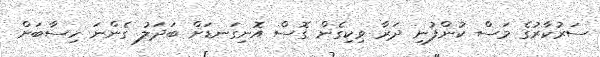
ސަރުކާރުގެ މަސް ކުންފުނި ދަރާ ވިކިގެން ގޮސް އޮނިގަނޑަށް ބަދަލު ގެންނަ ހިސާބަށް